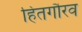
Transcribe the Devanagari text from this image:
हितगौरव